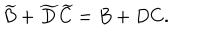
\widetilde { B } + \widetilde { D } \widetilde { C } = B + D C .